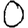
Digit: 0